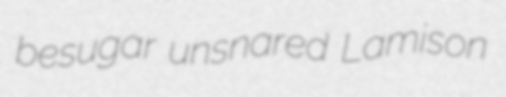
besugar unsnared Lamison